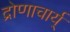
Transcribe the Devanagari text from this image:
द्रोणाचार्य्